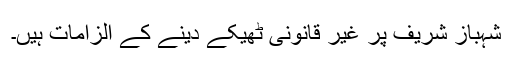
شہباز شریف پر غیر قانونی ٹھیکے دینے کے الزامات ہیں۔